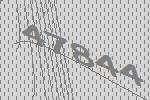
47844